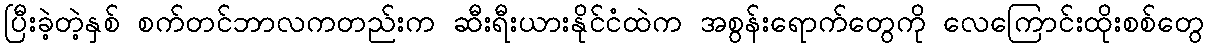
ပြီးခဲ့တဲ့နှစ် စက်တင်ဘာလကတည်းက ဆီးရီးယားနိုင်ငံထဲက အစွန်းရောက်တွေကို လေကြောင်းထိုးစစ်တွေ